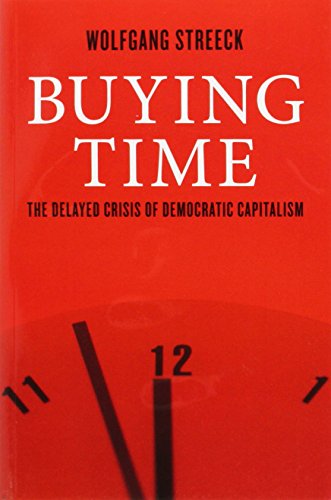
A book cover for Buying Time: The Delayed Crisis of Democratic Capitalism; Wolfgang Streeck; Business & Money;